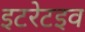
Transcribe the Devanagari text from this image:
इटरेटइव